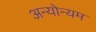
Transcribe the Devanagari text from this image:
अन्योन्यम